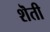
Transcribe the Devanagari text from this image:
शॆती